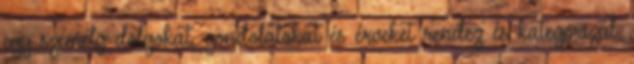
egy személy dolgokat, gondolatokat és érveket rendez és kategorizál.